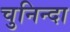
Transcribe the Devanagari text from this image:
चुनिन्‍दा